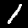
Digit: 1